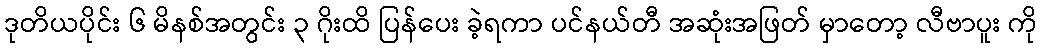
ဒုတိယပိုင်း ၆ မိနစ်အတွင်း ၃ ဂိုးထိ ပြန်ပေး ခဲ့ရကာ ပင်နယ်တီ အဆုံးအဖြတ် မှာတော့ လီဗာပူး ကို